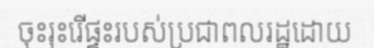
ចុះរុះរើផ្ទះរបស់ប្រជាពលរដ្ឋដោយ